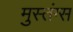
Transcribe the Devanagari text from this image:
मुस्तंग्स